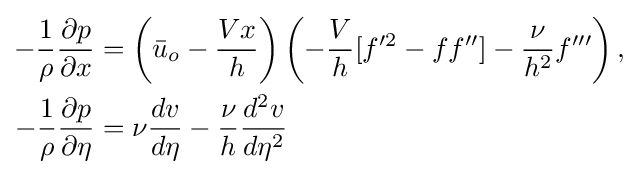
{\begin{aligned}-{\frac {1}{\rho }}{\frac {\partial p}{\partial x}}&=\left({\bar {u}}_{o}-{\frac {Vx}{h}}\right)\left(-{\frac {V}{h}}[f'^{2}-ff'']-{\frac {\nu }{h^{2}}}f'''\right),\\-{\frac {1}{\rho }}{\frac {\partial p}{\partial \eta }}&=\nu {\frac {dv}{d\eta }}-{\frac {\nu }{h}}{\frac {d^{2}v}{d\eta ^{2}}}\end{aligned}}